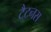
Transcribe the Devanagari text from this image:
टैटनस